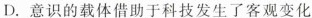
D.意识的载体借助于科技发生了客观变化